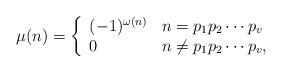
LaTeX: \begin{align*}\mu(n) =\left \{\begin{array}{ll}(-1)^{\omega(n)} &n=p_1 p_2 \cdots p_v\\0 &n \ne p_1 p_2 \cdots p_v,\\\end{array}\right .\end{align*}